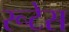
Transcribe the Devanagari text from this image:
रूटेस